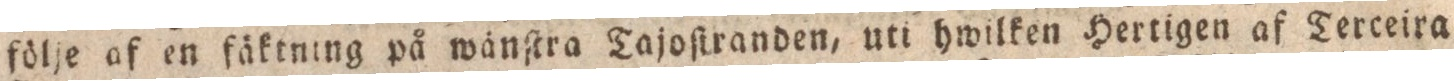
följe af en fäktning på wänſtra Tajoſtranden, uti hwilken Hertigen af Terceira